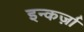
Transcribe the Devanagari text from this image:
इन्कर्ज़ा